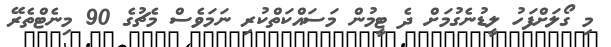
މި ގޯލަށްފަހު ލީޑުނެގުމަށް ދެ ޓީމުން މަސައްކަތްކުރި ނަމަވެސް މެޗުގެ 90 މިނެޓްތެރޭ